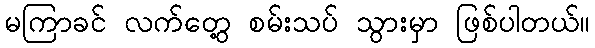
မကြာခင် လက်တွေ့ စမ်းသပ် သွားမှာ ဖြစ်ပါတယ်။